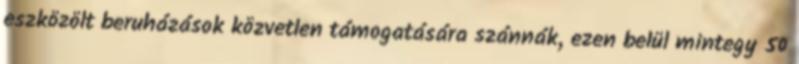
eszközölt beruházások közvetlen támogatására szánnák, ezen belül mintegy 50